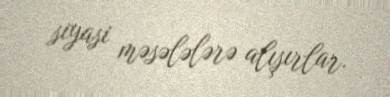
siyasi məsələlərə alışırlar.